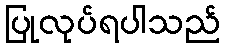
ပြုလုပ်ရပါသည်